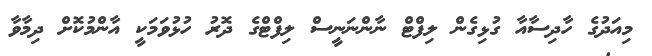
މިއަދުގެ ހާދިސާއާ ގުޅިގެން ލިފްޓް ނާންނަނީސް ލިފްޓްގެ ދޮރު ހުޅުވަމަކީ އާންމުކޮށް ދިމާވާ